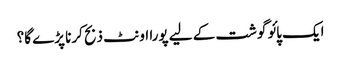
ایک پائو گوشت کے لیے پورا اونٹ ذبح کرنا پڑے گا؟